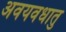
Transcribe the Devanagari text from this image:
अवयवधातु